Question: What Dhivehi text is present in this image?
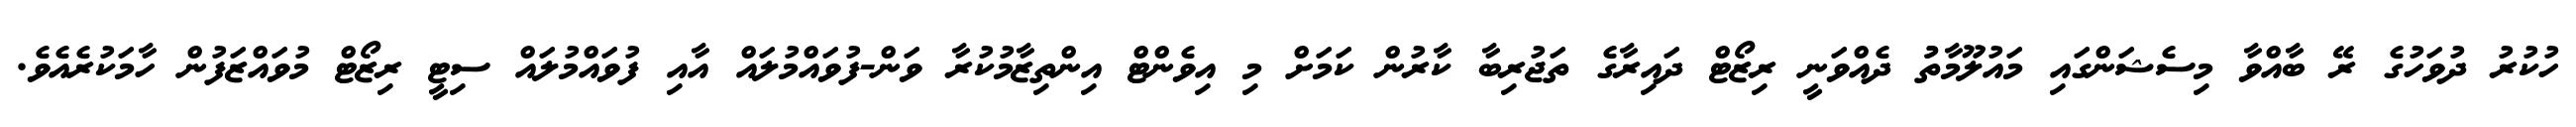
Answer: ހުކުރު ދުވަހުގެ ރޭ ބާއްވާ މިސެޝަންގައި މައުލޫމާތުު ދެއްވަނީ ރިޒޯޓް ދައިރާގެ ތަޖުރިބާ ކާރުން ކަމަށް މި އިވެންޓް އިންތިޒާމުކުރާ ވަން-ފުވައްމުލައް އާއި ފުވައްމުލައް ސިޓީ ރިޒޯޓް މުވައްޒަފުން ހާމަކުރެއެވެ.